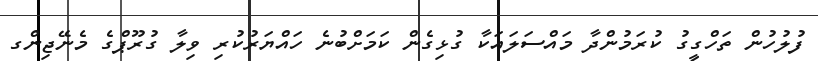
ފުލުހުން ތަހްގީގު ކުރަމުންދާ މައްސަލައަކާ ގުޅިގެން ކަމަށްބުނެ ހައްޔަރުކުރި ވިލާ ގުރޫޕްގެ މެނޭޖިންގ